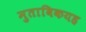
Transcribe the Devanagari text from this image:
मुताबिकयह